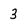
Character: 3